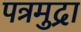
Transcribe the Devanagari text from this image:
पत्रमुद्रा